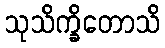
သုသိက္ခိတောသိ